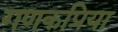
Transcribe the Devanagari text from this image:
गणकप्रिया